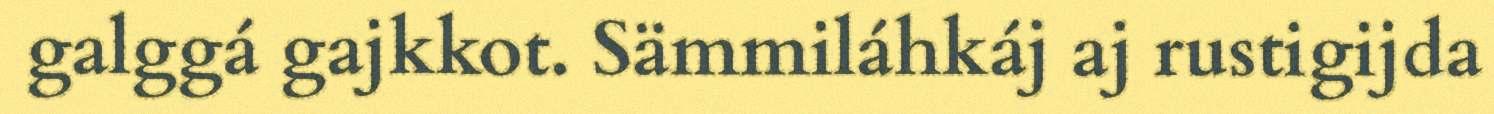
galggá gajkkot. Sämmiláhkáj aj rustigijda